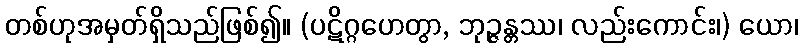
တစ်ဟုအမှတ်ရှိသည်ဖြစ်၍။ (ပဋိဂ္ဂဟေတွာ, ဘုဉ္ဇန္တဿ၊ လည်းကောင်း၊) ယော၊